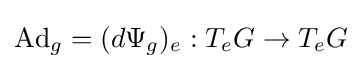
\operatorname {Ad} _{g}=(d\Psi _{g})_{e}:T_{e}G\rightarrow T_{e}G